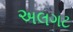
અલગટ